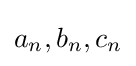
a_{n},b_{n},c_{n}